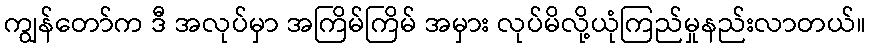
ကျွန်တော်က ဒီ အလုပ်မှာ အကြိမ်ကြိမ် အမှား လုပ်မိလို့ယုံကြည်မှုနည်းလာတယ်။